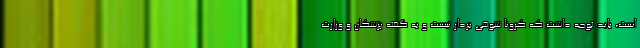
است، باید توجه داشت که کرونا شوخی بردار نیست و به گفته پزشکان و وزارت